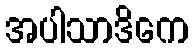
အပါသာဒိကေ